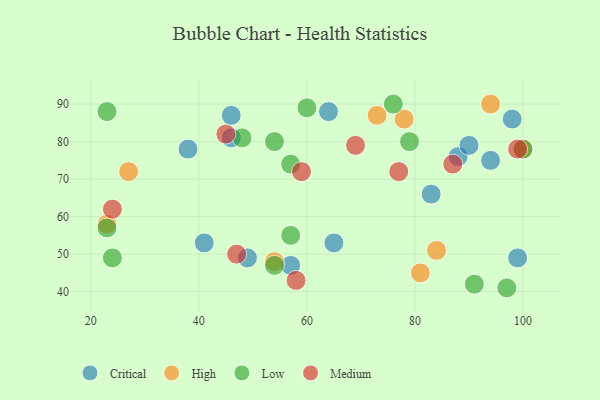
{"axis": {"x": "GDP", "y": "Life Expectancy"}, "legend": ["Critical", "High", "Low", "Medium"], "data": [{"x": "57", "y": 47, "type": "Critical"}, {"x": "38", "y": 78, "type": "Critical"}, {"x": "65", "y": 53, "type": "Critical"}, {"x": "99", "y": 49, "type": "Critical"}, {"x": "83", "y": 66, "type": "Critical"}, {"x": "46", "y": 81, "type": "Critical"}, {"x": "88", "y": 76, "type": "Critical"}, {"x": "49", "y": 49, "type": "Critical"}, {"x": "46", "y": 87, "type": "Critical"}, {"x": "64", "y": 88, "type": "Critical"}, {"x": "90", "y": 79, "type": "Critical"}, {"x": "41", "y": 53, "type": "Critical"}, {"x": "98", "y": 86, "type": "Critical"}, {"x": "94", "y": 75, "type": "Critical"}, {"x": "27", "y": 72, "type": "High"}, {"x": "81", "y": 45, "type": "High"}, {"x": "54", "y": 48, "type": "High"}, {"x": "23", "y": 58, "type": "High"}, {"x": "84", "y": 51, "type": "High"}, {"x": "78", "y": 86, "type": "High"}, {"x": "100", "y": 78, "type": "High"}, {"x": "73", "y": 87, "type": "High"}, {"x": "94", "y": 90, "type": "High"}, {"x": "76", "y": 90, "type": "Low"}, {"x": "91", "y": 42, "type": "Low"}, {"x": "57", "y": 55, "type": "Low"}, {"x": "97", "y": 41, "type": "Low"}, {"x": "79", "y": 80, "type": "Low"}, {"x": "24", "y": 49, "type": "Low"}, {"x": "100", "y": 78, "type": "Low"}, {"x": "60", "y": 89, "type": "Low"}, {"x": "48", "y": 81, "type": "Low"}, {"x": "54", "y": 80, "type": "Low"}, {"x": "23", "y": 57, "type": "Low"}, {"x": "23", "y": 88, "type": "Low"}, {"x": "57", "y": 74, "type": "Low"}, {"x": "54", "y": 47, "type": "Low"}, {"x": "77", "y": 72, "type": "Medium"}, {"x": "45", "y": 82, "type": "Medium"}, {"x": "59", "y": 72, "type": "Medium"}, {"x": "58", "y": 43, "type": "Medium"}, {"x": "69", "y": 79, "type": "Medium"}, {"x": "99", "y": 78, "type": "Medium"}, {"x": "87", "y": 74, "type": "Medium"}, {"x": "24", "y": 62, "type": "Medium"}, {"x": "47", "y": 50, "type": "Medium"}]}